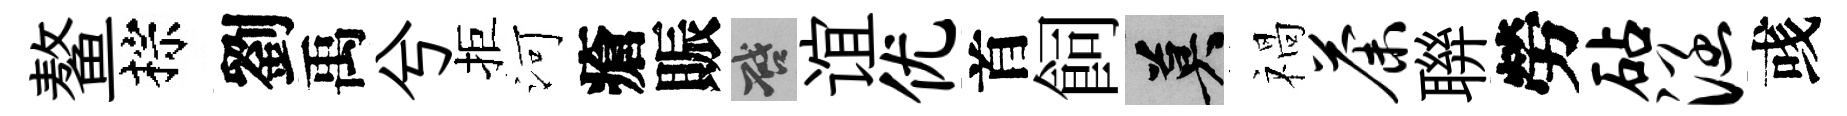
鳌棕劉禹兮拒河瘡賑啓谊优首飼莫禍荼聨勞砧涵彧